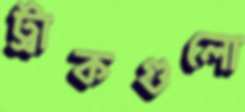
ট্রাকগুলো